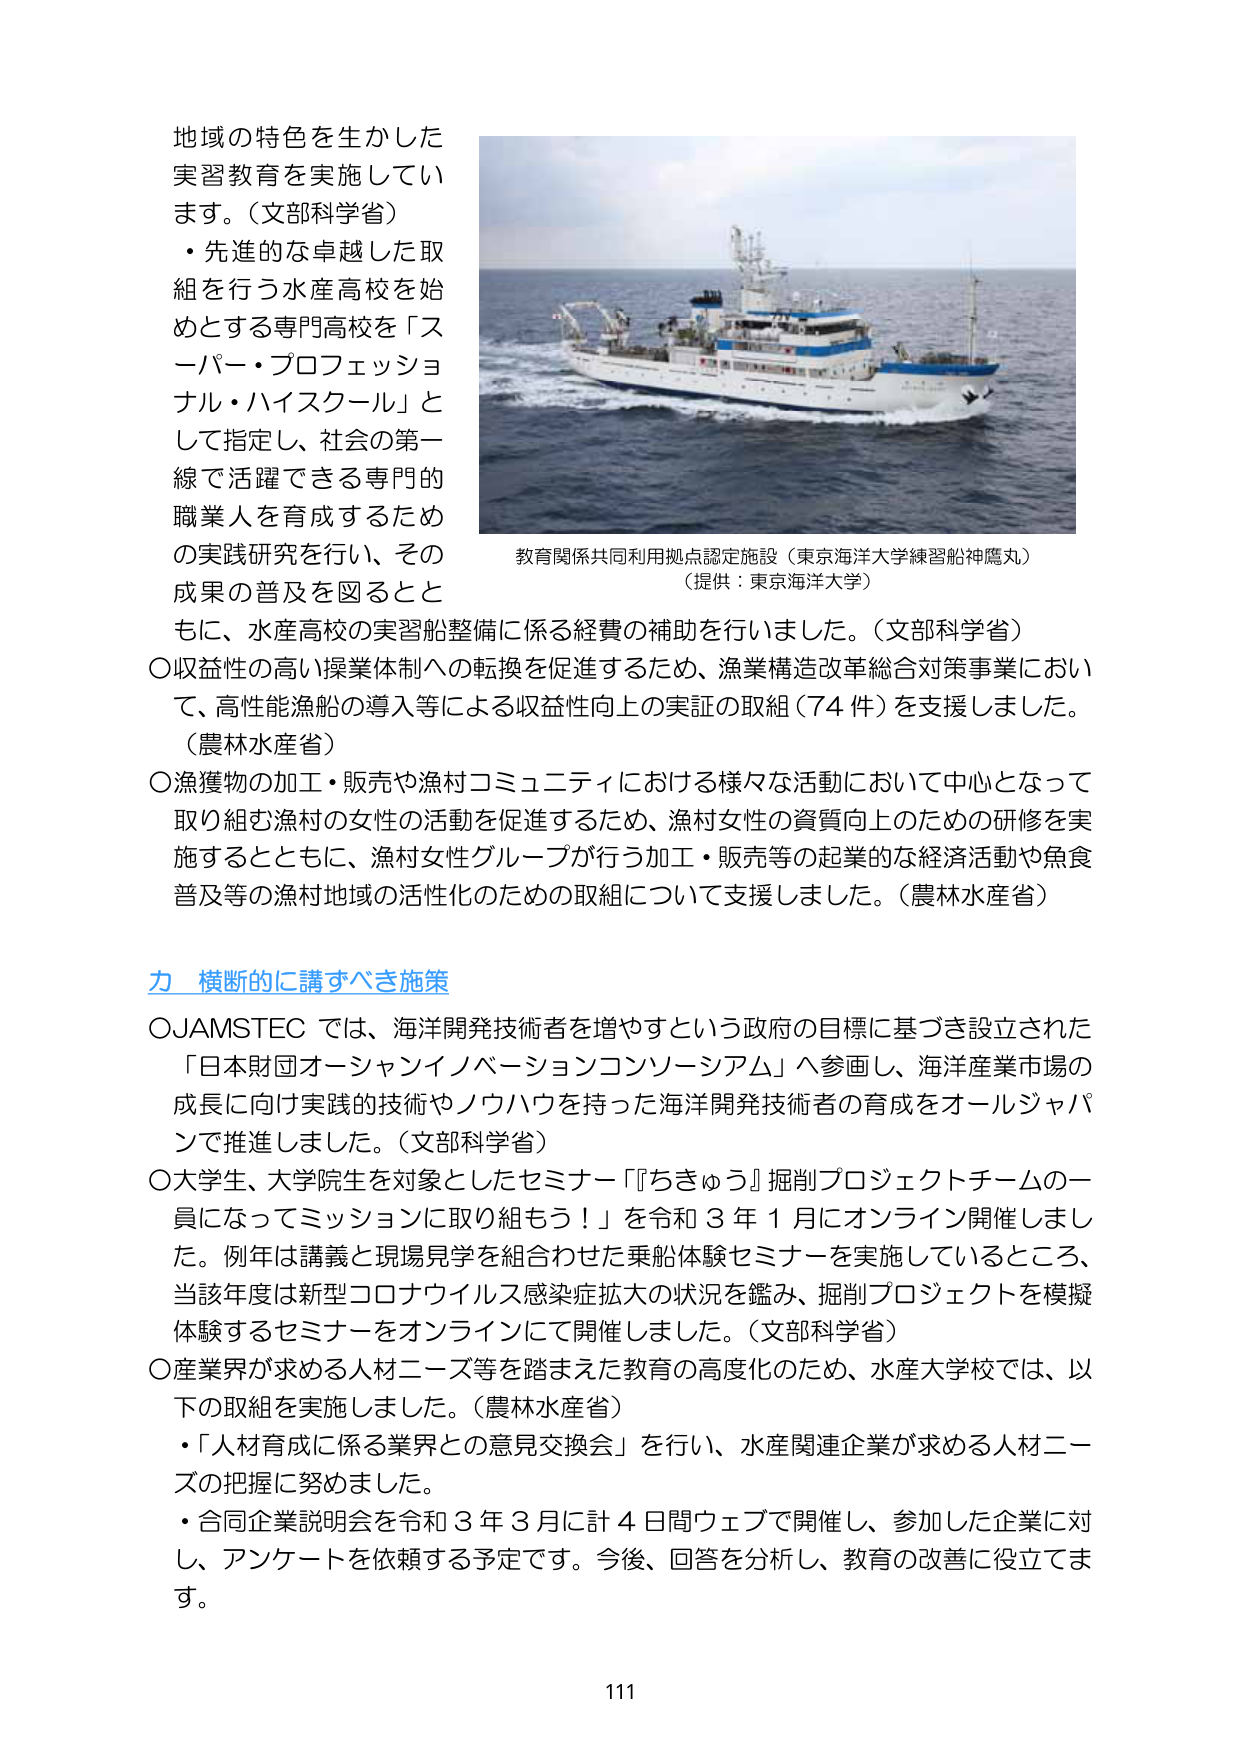
地域の特色を生かした
実習教育を実施してい
ます。（文部科学省）
・先進的な卓越した取
組を行う水産高校を始
めとする専門高校を「ス
ーパー・プロフェッショ
ナル・ハイスクール」と
して指定し、社会の第一
線で活躍できる専門的
職業人を育成するため
の実践研究を行い、その
成果の普及を図るとと
もに、水産高校の実習船整備に係る経費の補助を行いました。（文部科学省）
○収益性の高い操業体制への転換を促進するため、漁業構造改革総合対策事業におい
て、高性能漁船の導入等による収益性向上の実証の取組（74件）を支援しました。
（農林水産省）
○漁獲物の加工・販売や漁村コミュニティにおける様々な活動において中心となって
取り組む漁村の女性の活動を促進するため、漁村女性の資質向上のための研修を実
施するとともに、漁村女性グループが行う加工・販売等の起業的な経済活動や魚食
普及等の漁村地域の活性化のための取組について支援しました。（農林水産省）

**力 横断的に講ずべき施策**
○JAMSTECでは、海洋開発技術者を増やすという政府の目標に基づき設立された
「日本財団オーシャンイノベーションコンソーシアム」へ参画し、海洋産業市場の
成長に向け実践的技術やノウハウを持った海洋開発技術者の育成をオールジャパ
ンで推進しました。（文部科学省）
○大学生、大学院生を対象としたセミナー「『ちきゅう』掘削プロジェクトチームの一
員になってミッションに取り組もう！」を令和3年1月にオンライン開催しまし
た。例年は講義と現場見学を組合わせた乗船体験セミナーを実施しているところ、
当該年度は新型コロナウイルス感染症拡大の状況を鑑み、掘削プロジェクトを模擬
体験するセミナーをオンラインにて開催しました。（文部科学省）
○産業界が求める人材ニーズ等を踏まえた教育の高度化のため、水産大学校では、以
下の取組を実施しました。（農林水産省）
・「人材育成に係る業界との意見交換会」を行い、水産関連企業が求める人材ニー
ズの把握に努めました。
・合同企業説明会を令和3年3月に計4日間ウェブで開催し、参加した企業に対
し、アンケートを依頼する予定です。今後、回答を分析し、教育の改善に役立てま
す。

教育関係共同利用拠点認定施設（東京海洋大学練習船神鷹丸）
（提供：東京海洋大学）

111